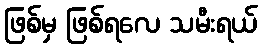
ဖြစ်မှ ဖြစ်ရလေ သမီးရယ်